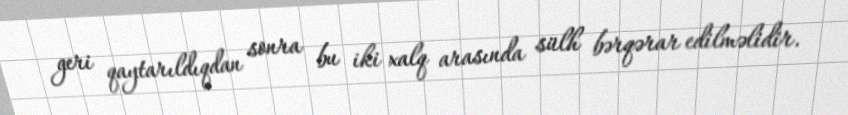
geri qaytarıldıqdan sonra bu iki xalq arasında sülh bərqərar edilməlidir.